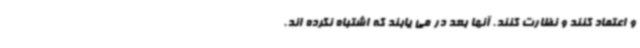
و اعتماد کنند و نظارت کنند. آنها بعد در می یابند که اشتباه نکرده اند.